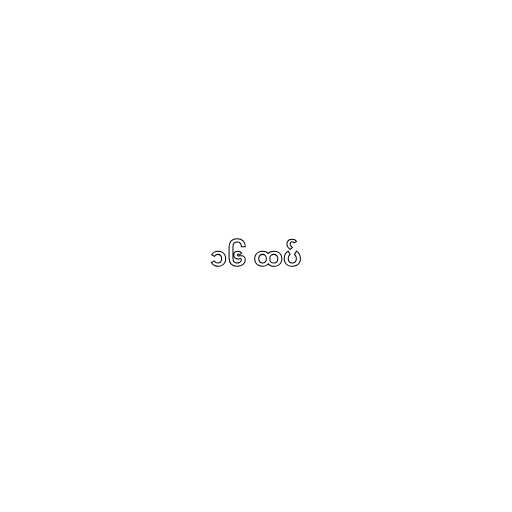
၁၆ ထပ်